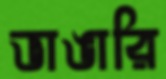
ভাঙারি